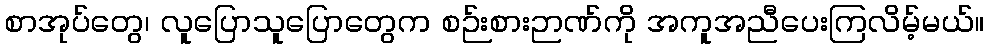
စာအုပ်တွေ၊ လူပြောသူပြောတွေက စဉ်းစားဉာဏ်ကို အကူအညီပေးကြလိမ့်မယ်။